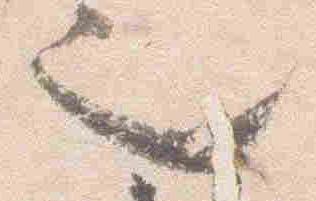
也